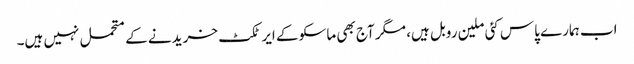
اب ہمارے پاس کئی ملین روبل ہیں، مگر آج بھی ماسکو کے ایرٹکٹ خریدنے کے متحمل نہیں ہیں۔